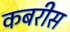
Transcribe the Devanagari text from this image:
कबरीस